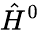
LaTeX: {\hat{H}}^{0}